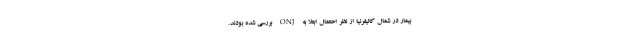
بیمار در شمال کالیفرنیا از نظر احتمال ابتلا به ONJ بررسی شده بودند.